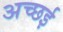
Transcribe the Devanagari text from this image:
अच्छई